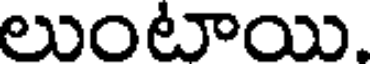
లుంటాయి.